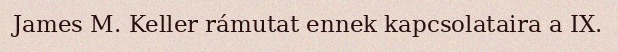
James M. Keller rámutat ennek kapcsolataira a IX.